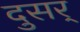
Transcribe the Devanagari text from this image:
दुसर्